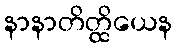
နာနာတိတ္ထိယေန